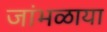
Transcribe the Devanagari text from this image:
जांभळाया